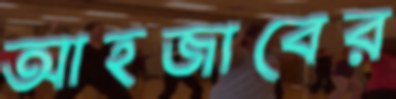
আহজাবের